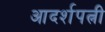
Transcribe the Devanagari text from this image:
आदर्शपत्नी